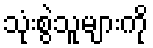
သုံးစွဲသူများကို